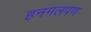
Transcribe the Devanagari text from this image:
हनगलपण